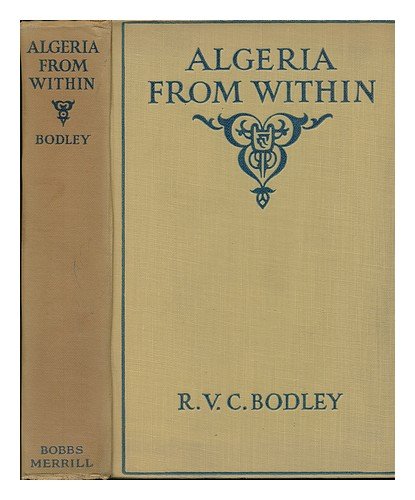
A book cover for Algeria from within,; R. V. C Bodley; Travel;